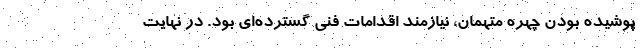
پوشیده بودن چهره متهمان، نیازمند اقدامات فنی گسترده‌ای بود. در نهایت